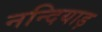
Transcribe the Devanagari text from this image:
नन्दियाड़